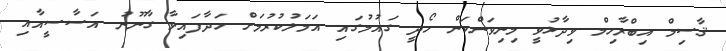
ޤާސިމް އިބްރާހިމް ވިދާޅުވީ މިނިވަންކަން ހޯދީ ގައުމުގައި އަމަލުކުރުމަށް ހަދާފައިވާ ގާނޫނު އަސާސީއާއި